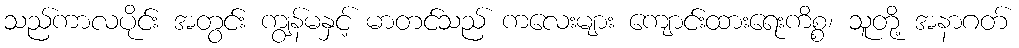
သည်ကာလပိုင်း အတွင်း ကျွန်မနှင့် မာတင်သည် ကလေးများ ကျောင်းထားရေးကိစ္စ၊ သူတို့ အနာဂတ်